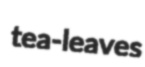
tea-leaves